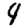
Digit: 4